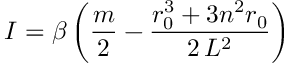
I = \beta \left( \frac { m } { 2 } - \frac { r _ { 0 } ^ { 3 } + 3 n ^ { 2 } r _ { 0 } } { 2 \, L ^ { 2 } } \right)